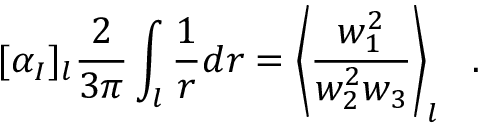
[ \alpha _ { I } ] _ { l } \frac { 2 } { 3 \pi } \int _ { l } \frac { 1 } { r } d r = \left< \frac { w _ { 1 } ^ { 2 } } { w _ { 2 } ^ { 2 } w _ { 3 } } \right> _ { l } ~ ~ .